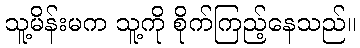
သူ့မိန်းမက သူ့ကို စိုက်ကြည့်နေသည်။